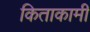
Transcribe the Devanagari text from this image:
किताकामी